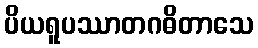
ပိယရူပဿာတဂဓိတာသေ